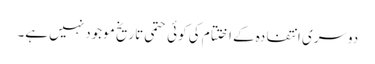
دوسری انتفادہ کے اختتام کی کوئی حتمی تاریخ موجود نہیں ہے۔